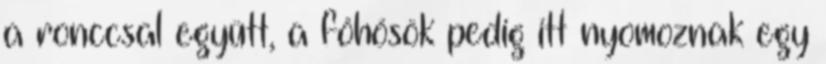
a ronccsal együtt, a főhősök pedig itt nyomoznak egy